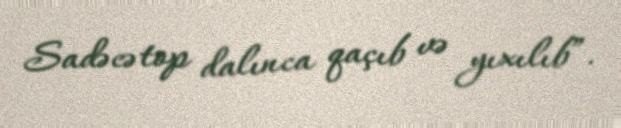
Sadəcə top dalınca qaçıb və yıxılıb”.